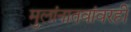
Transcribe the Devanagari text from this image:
मुलांनातवांवरही